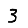
Digit: 3